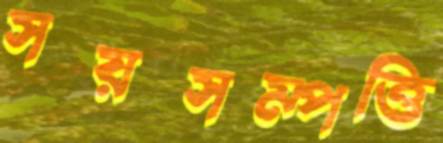
সয়সম্পত্তি